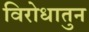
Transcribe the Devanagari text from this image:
विरोधातुन